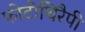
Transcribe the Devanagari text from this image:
फोटोथिरैपी